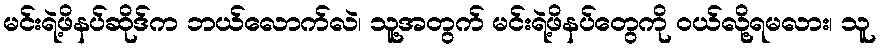
မင်းရဲ့ဖိနပ်ဆိုဒ်က ဘယ်လောက်လဲ၊ သူ့အတွက် မင်းရဲ့ဖိနပ်တွေကို ဝယ်လို့ရမလား၊ သူ